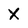
Character: X